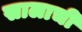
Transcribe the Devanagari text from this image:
सालाची